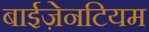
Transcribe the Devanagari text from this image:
बाईज़ेनटियम